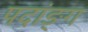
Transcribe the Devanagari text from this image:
पदांङ्ग